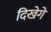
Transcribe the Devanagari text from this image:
दिखेगें